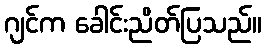
ဂျင်က ခေါင်းညိတ်ပြသည်။